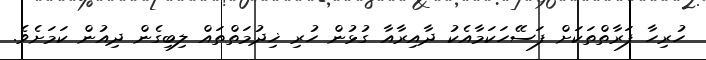
ހުރިހާ ފަރާތްތަކަށް ފަސޭހަކަމާއެކު ދާއިރާއާ ގުޅުން ހުރި ޚިދުމަތްތައް ލިބިގެން ދިއުން ކަމަށެވެ.